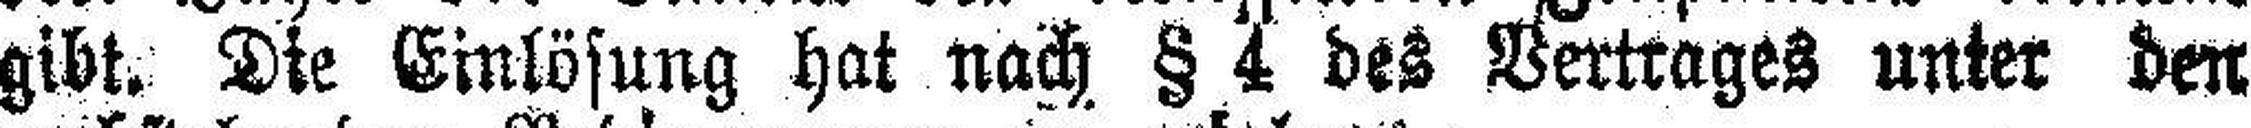
gibt. Die Einlösung hat nach § 4 des Vertrages unter den